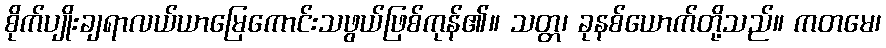
စိုက်ပျိုးချရာလယ်ယာမြေကောင်းသဖွယ်ဖြစ်ကုန်၏။ သတ္တ၊ ခုနစ်ယောက်တို့သည်။ ကတမေ၊